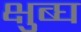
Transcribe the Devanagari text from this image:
क्षुब्घ